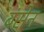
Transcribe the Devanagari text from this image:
बंसेन